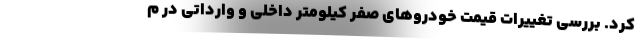
کرد. بررسی تغییرات قیمت خودروهای صفر کیلومتر داخلی و وارداتی در م